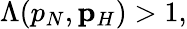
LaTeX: \begin{array}{r}{\Lambda(p_{N},{\mathbf p}_{H})>1,}\end{array}